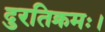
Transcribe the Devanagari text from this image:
दुरतिक्रमः।